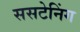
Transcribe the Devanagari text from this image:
ससटेनिंग